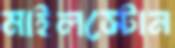
মাইলস্টোন